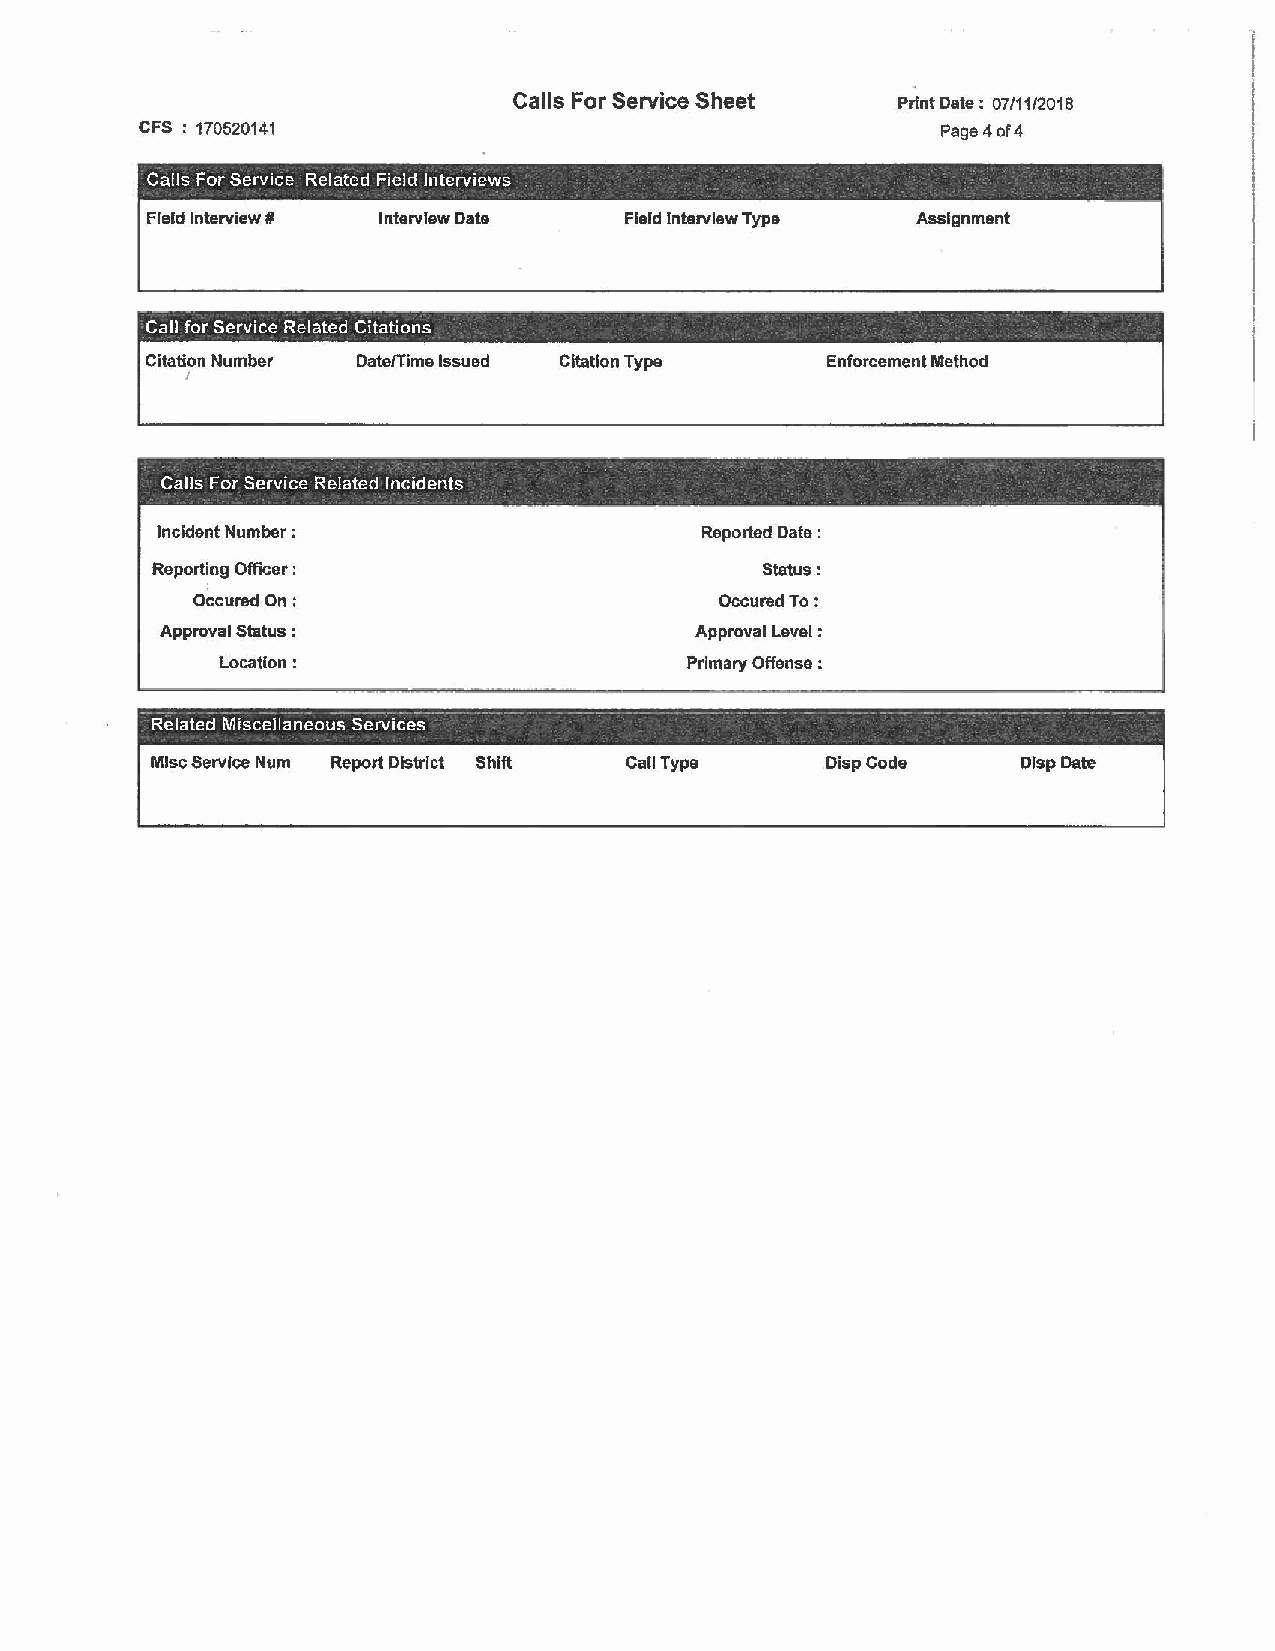
Calls For Service Sheet  Print Date: 07/11/2018
 CFS : 170520141                                      Page4of4
 -
 Calls For Service Related Field Interviews
 Fleld Interview# Interview Date Field Interview Type Assignment
 Call for Service Related Citations
 Citation Number Date/Time Issued Citation Type Enforcement Method
 I
 - - - - - - -- - - --   -
 Calls For Service Related Incidents
 Incident Number ;                   Reported Date :
 Reporting Officer :                     Status:
 OccuredOn;                         OccuredTo:
 Approval Status :                  Approval Level :
 Location:                      Primary Offense :
 ---- -- - --- ------- ---- - - ---- - - - - - -- - - - --- -- --~- ------ -- --- -
 Related Miscellaneous Services
 Misc Service Num Report District Shift Call Type DispCode DlspDate